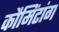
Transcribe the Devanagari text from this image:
कौमिंटांग